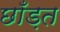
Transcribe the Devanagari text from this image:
छाँड़त